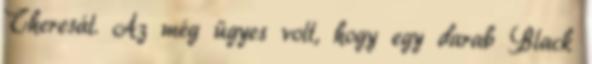
Theresát. Az még ügyes volt, hogy egy darab Black